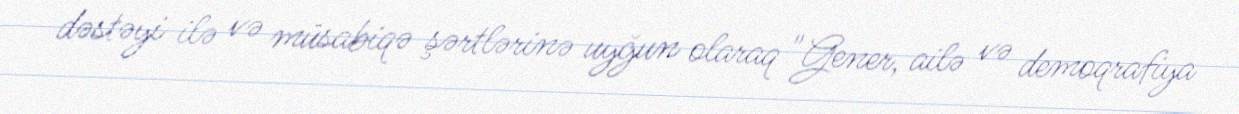
dəstəyi ilə və müsabiqə şərtlərinə uyğun olaraq "Gener, ailə və demoqrafiya